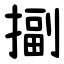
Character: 㨽